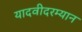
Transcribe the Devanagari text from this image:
यादवीदरम्यान